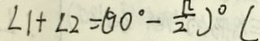
\angle 1 + \angle 2 = ( 9 0 ^ { \circ } - \frac { \pi } { 2 } ) ^ { \circ } (